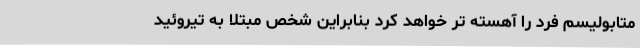
متابولیسم فرد را آهسته تر خواهد کرد بنابراین شخص مبتلا به تیروئید